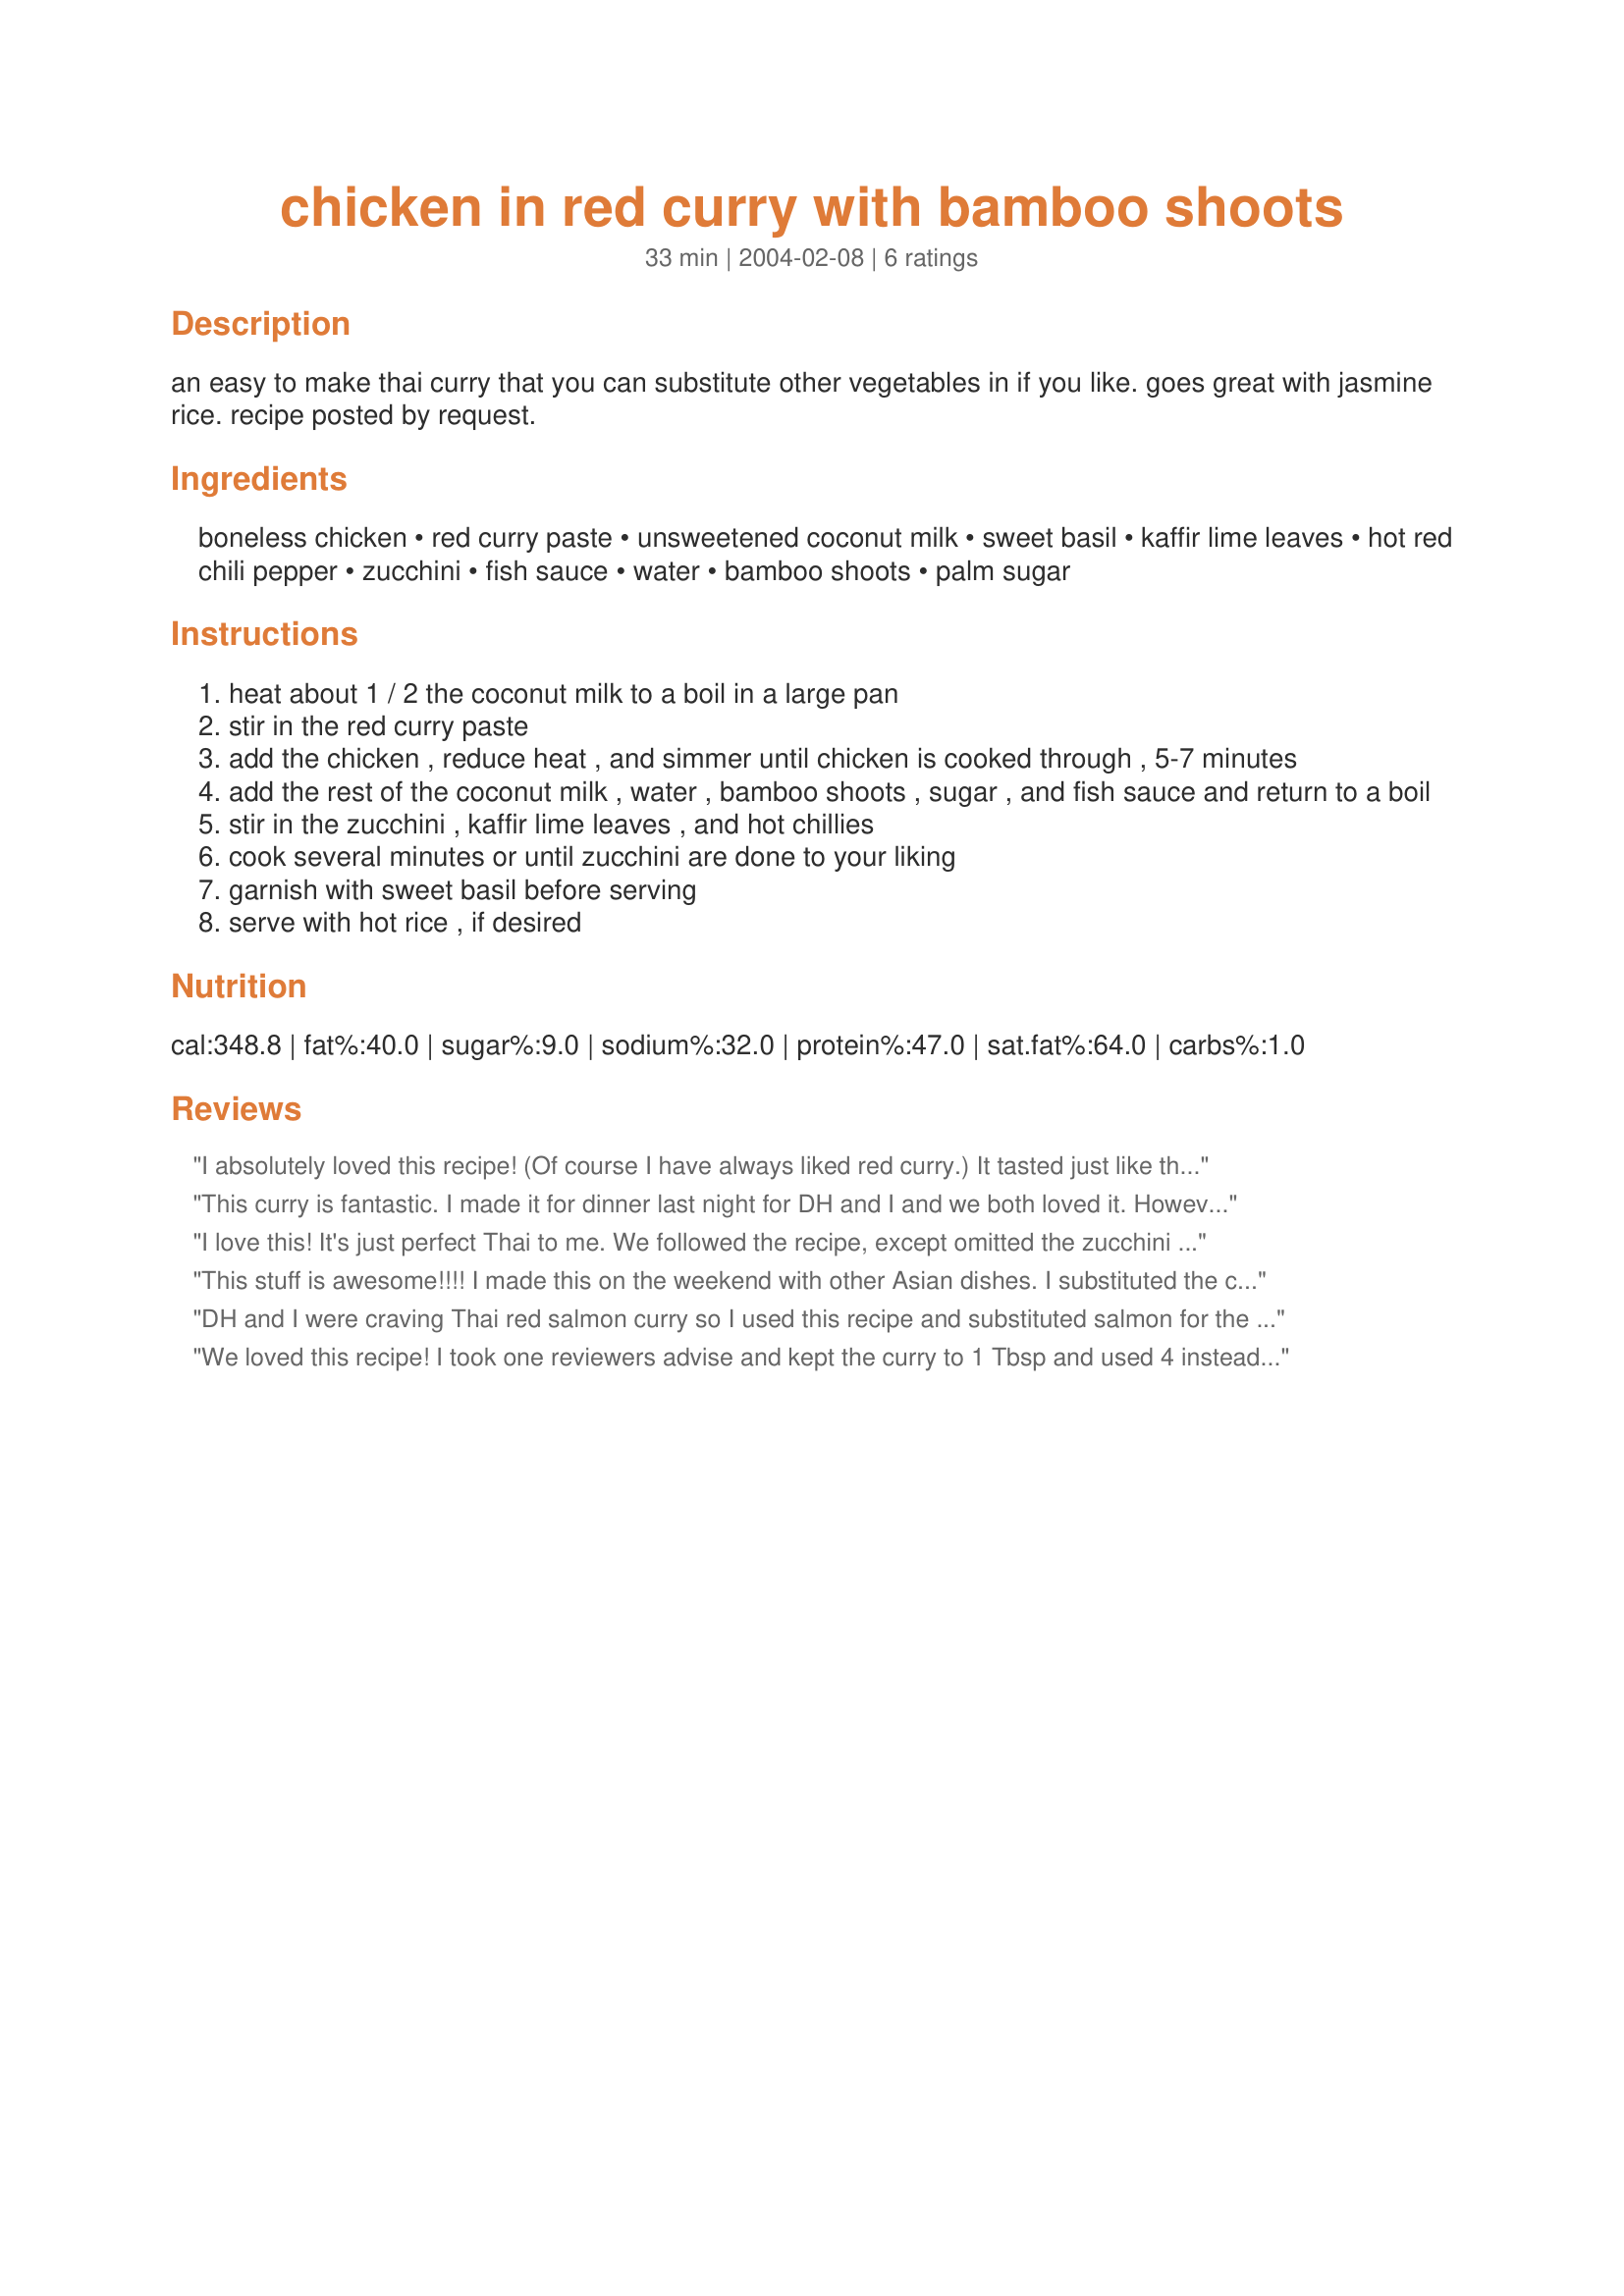
chicken in red curry with bamboo shoots
Preparation time: 33 minutes

an easy to make thai curry that you can substitute other vegetables in if you like. goes great with jasmine rice. recipe posted by request.

Ingredients:
boneless chicken, red curry paste, unsweetened coconut milk, sweet basil, kaffir lime leaves, hot red chili pepper, zucchini, fish sauce, water, bamboo shoots, palm sugar

Steps:
heat about 1 / 2 the coconut milk to a boil in a large pan
stir in the red curry paste
add the chicken , reduce heat , and simmer until chicken is cooked through , 5-7 minutes
add the rest of the coconut milk , water , bamboo shoots , sugar , and fish sauce and return to a boil
stir in the zucchini , kaffir lime leaves , and hot chillies
cook several minutes or until zucchini are done to your liking
garnish with sweet basil before serving
serve with hot rice , if desired

Reviews:
I absolutely loved this recipe! (Of course I have always liked red curry.) It tasted just like the red curry chicken I got from a Thai restaurant last week. The only things I would do differently next time is a little less curry (I used 1.5 tbsp) and a little less lime (4 instead of 5 leaves). I may eventually consider making my own red curry paste for a unique flavor.
This curry is fantastic. I made it for dinner last night for DH and I and we both loved it. However, I didn't have any bamboo shoots, so I added some julienned carrots and some sugar snap peas. I also didn't have red curry paste, so I had to use curry powder instead. I love the flavour the kaffir lime leaves give to this dish and the bit of heat from the chilli is good too. I only added one chilli as I don't like my mouth burning too much, but my husband said he would have added more if he made it just for himself. The only thing I will do next time is to halve the amount of fish sauce or use soy sauce instead as it was a little salty for our tastes. We will definitely be making this curry again. :)
I love this! It's just perfect Thai to me. We followed the recipe, except omitted the zucchini and used a red bell peppers and a couple mushrooms. I love it, I love it! Just simple, wonderful flavors with the coconut milk, curry paste, basil, keffir lime leave and the yummy bamboo shoots and veggies and chicken. I love how Thai food is so easy and so simple and SO DELICIOUS! I would recommend this recipe for people unfamiliar with Thai food, because I think it gives you a good impression of the basic flavors without being too extreme, is really easy and absolutely scrumptious.
This stuff is awesome!!!! I made this on the weekend with other Asian dishes. I substituted the chicken for beef strips. What an amazing flavour. Just like the locate Thai food restaurant.
Thanks Sue for posting.
Deb
DH and I were craving Thai red salmon curry so I used this recipe and substituted salmon for the chicken. It turned out as good or better than the salmon curries that we've tried at various Thai restaurants. I fried two salmon filets for a couple of minutes on each side, peeled off the skin and cut the filets into large chunks. I added the salmon to the curry sauce when I added the zucchini. I also added a sliced red bell pepper, a sliced onion, and a juliened carrot. I could not get kaffir lime leaves so I substituted the zest of one lime. The only other change was that I added an additional 1/2 tsp of brown sugar after tasting the curry. This was so tasty that I will be making it again. I am very glad that I doubled the recipe as we are looking forward to eating the leftovers tomorrow!
We loved this recipe! I took one reviewers advise and kept the curry to 1 Tbsp and used 4 instead of 5 lime leaves, but we couldn't pick out the taste of the leaves in the recipe, so I don't know how 4 vs 5 leaves would make a difference, unless they weren't there at all. Also, for the chilis, I used 2 one inch long peppers from those pickled in a bottle, and removed the seeds. Not too hot, not too mild - just right. Anyway, I followed the rest of the recipe as written and I wouldn't change anything I did next time.
